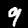
Digit: 9